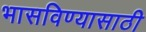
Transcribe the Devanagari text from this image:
भासविण्यासाठी